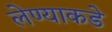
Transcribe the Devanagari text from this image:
लेण्याकडे